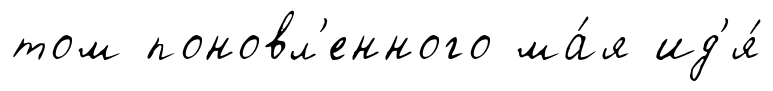
том поновл'енного ма́я ид'я́